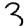
Digit: 3